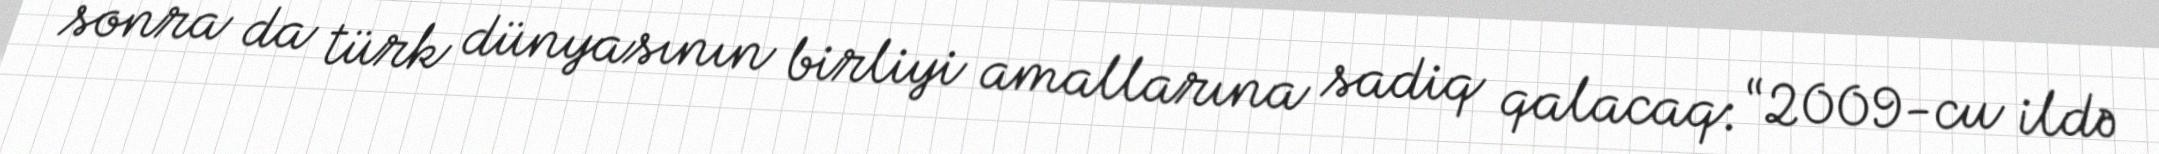
sonra da türk dünyasının birliyi amallarına sadiq qalacaq: “2009-cu ildə